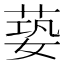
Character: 蒆